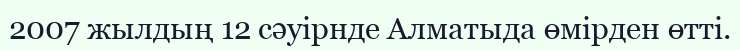
2007 жылдың 12 сәуірнде Алматыда өмірден өтті.